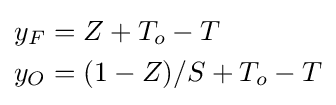
{\begin{aligned}y_{F}&=Z+T_{o}-T\\y_{O}&=(1-Z)/S+T_{o}-T\end{aligned}}